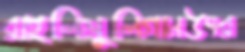
রাইলিমুলিগানউৎর